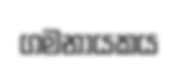
ගමනායකය